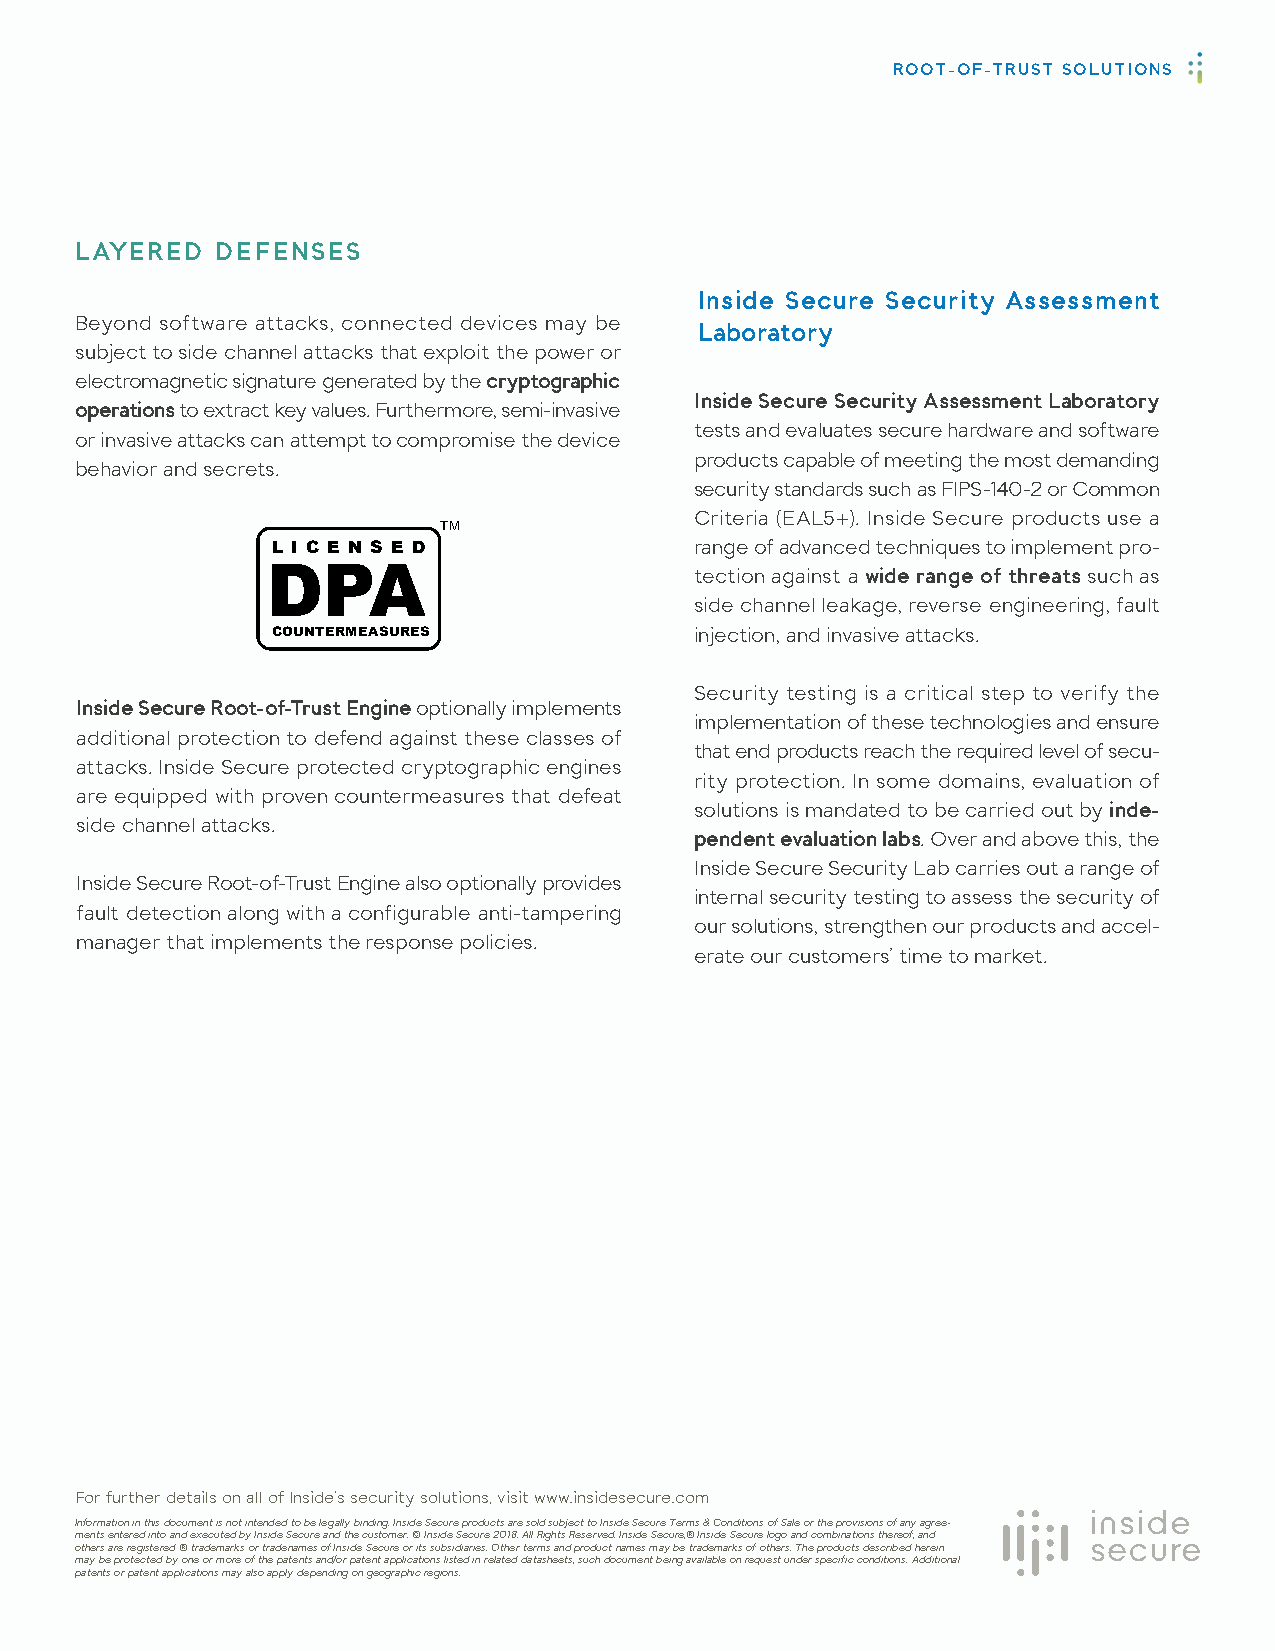
ROOT-OF-TRUST SOLUTIONS
 LAYERED  DEFENSES
 Inside Secure Security Assessment
 Beyond software attacks, connected devices may be
 Laboratory
 subject to side channel attacks that exploit the power or
 electromagnetic signature generated by the cryptographic
 Inside Secure Security Assessment Laboratory
 operations to extract key values. Furthermore, semi-invasive
 tests and evaluates secure hardware and software
 or invasive attacks can attempt to compromise the device
 products capable of meeting the most demanding
 behavior and secrets.
 security standards such as FIPS-140-2 or Common
 Criteria (EAL5+). Inside Secure products use a
 TM
 L I C E N S E D             range of advanced techniques to implement pro-
 tection against a wide range of threats such as
 side channel leakage, reverse engineering, fault
 COUNTERMEASURES             injection, and invasive attacks.
 Security testing is a critical step to verify the
 Inside Secure Root-of-Trust Engine optionally implements
 implementation of these technologies and ensure
 additional protection to defend against these classes of
 that end products reach the required level of secu-
 attacks. Inside Secure protected cryptographic engines
 rity protection. In some domains, evaluation of
 are equipped with proven countermeasures that defeat
 solutions is mandated to be carried out by inde-
 side channel attacks.
 pendent evaluation labs. Over and above this, the
 Inside Secure Security Lab carries out a range of
 Inside Secure Root-of-Trust Engine also optionally provides
 internal security testing to assess the security of
 fault detection along with a configurable anti-tampering
 our solutions, strengthen our products and accel-
 manager that implements the response policies.
 erate our customers’ time to market.
 For further details on all of Inside’s security solutions, visit www.insidesecure.com
 Information in this document is not intended to be legally binding. Inside Secure products are sold subject to Inside Secure Terms & Conditions of Sale or the provisions of any agree-
 ments entered into and executed by Inside Secure and the customer. © Inside Secure 2018. All Rights Reserved. Inside Secure,® Inside Secure logo and combinations thereof, and
 others are registered ® trademarks or tradenames of Inside Secure or its subsidiaries. Other terms and product names may be trademarks of others. The products described herein
 may be protected by one or more of the patents and/or patent applications listed in related datasheets, such document being available on request under specific conditions. Additional
 patents or patent applications may also apply depending on geographic regions.